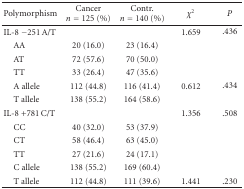
<table><thead><tr><td><b>Polymorphism</b></td><td><b>Cancer <i>n</i> = 125 (%)</b></td><td><b>Contr. <i>n</i> = 140 (%)</b></td><td><b><i>χ</i><sup>2</sup></b></td><td><b><i>P</i></b></td></tr></thead><tbody><tr><td>IL-8 −251 A/T</td><td></td><td></td><td>1.659</td><td>.436</td></tr><tr><td> AA</td><td>20 (16.0)</td><td>23 (16.4)</td><td></td><td></td></tr><tr><td> AT</td><td>72 (57.6)</td><td>70 (50.0)</td><td></td><td></td></tr><tr><td> TT</td><td>33 (26.4)</td><td>47 (35.6)</td><td></td><td></td></tr><tr><td> A allele</td><td>112 (44.8)</td><td>116 (41.4)</td><td>0.612</td><td>.434</td></tr><tr><td> T allele</td><td>138 (55.2)</td><td>164 (58.6)</td><td></td><td></td></tr><tr><td>IL-8 +781 C/T</td><td></td><td></td><td>1.356</td><td>.508</td></tr><tr><td> CC</td><td>40 (32.0)</td><td>53 (37.9)</td><td></td><td></td></tr><tr><td> CT</td><td>58 (46.4)</td><td>63 (45.0)</td><td></td><td></td></tr><tr><td> TT</td><td>27 (21.6)</td><td>24 (17.1)</td><td></td><td></td></tr><tr><td> C allele</td><td>138 (55.2)</td><td>169 (60.4)</td><td></td><td></td></tr><tr><td> T allele</td><td>112 (44.8)</td><td>111 (39.6)</td><td>1.441</td><td>.230</td></tr></tbody></table>